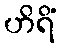
ဟိရိံ